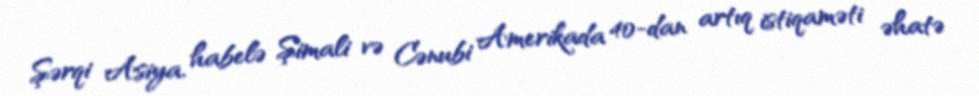
Şərqi Asiya, habelə Şimali və Cənubi Amerikada 40-dan artıq istiqaməti əhatə